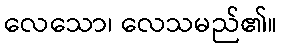
လေသော၊ လေသမည်၏။